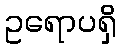
ဥရောပရှိ